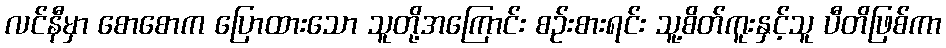
လင်နီမှာ စောစောက ပြောထားသော သူတို့အကြောင်း စဉ်းစားရင်း သူ့စိတ်ကူးနှင့်သူ ပီတိဖြစ်ကာ